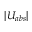
| U _ { a b s } |